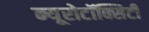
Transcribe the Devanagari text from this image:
न्यूरोटॉक्सिटी